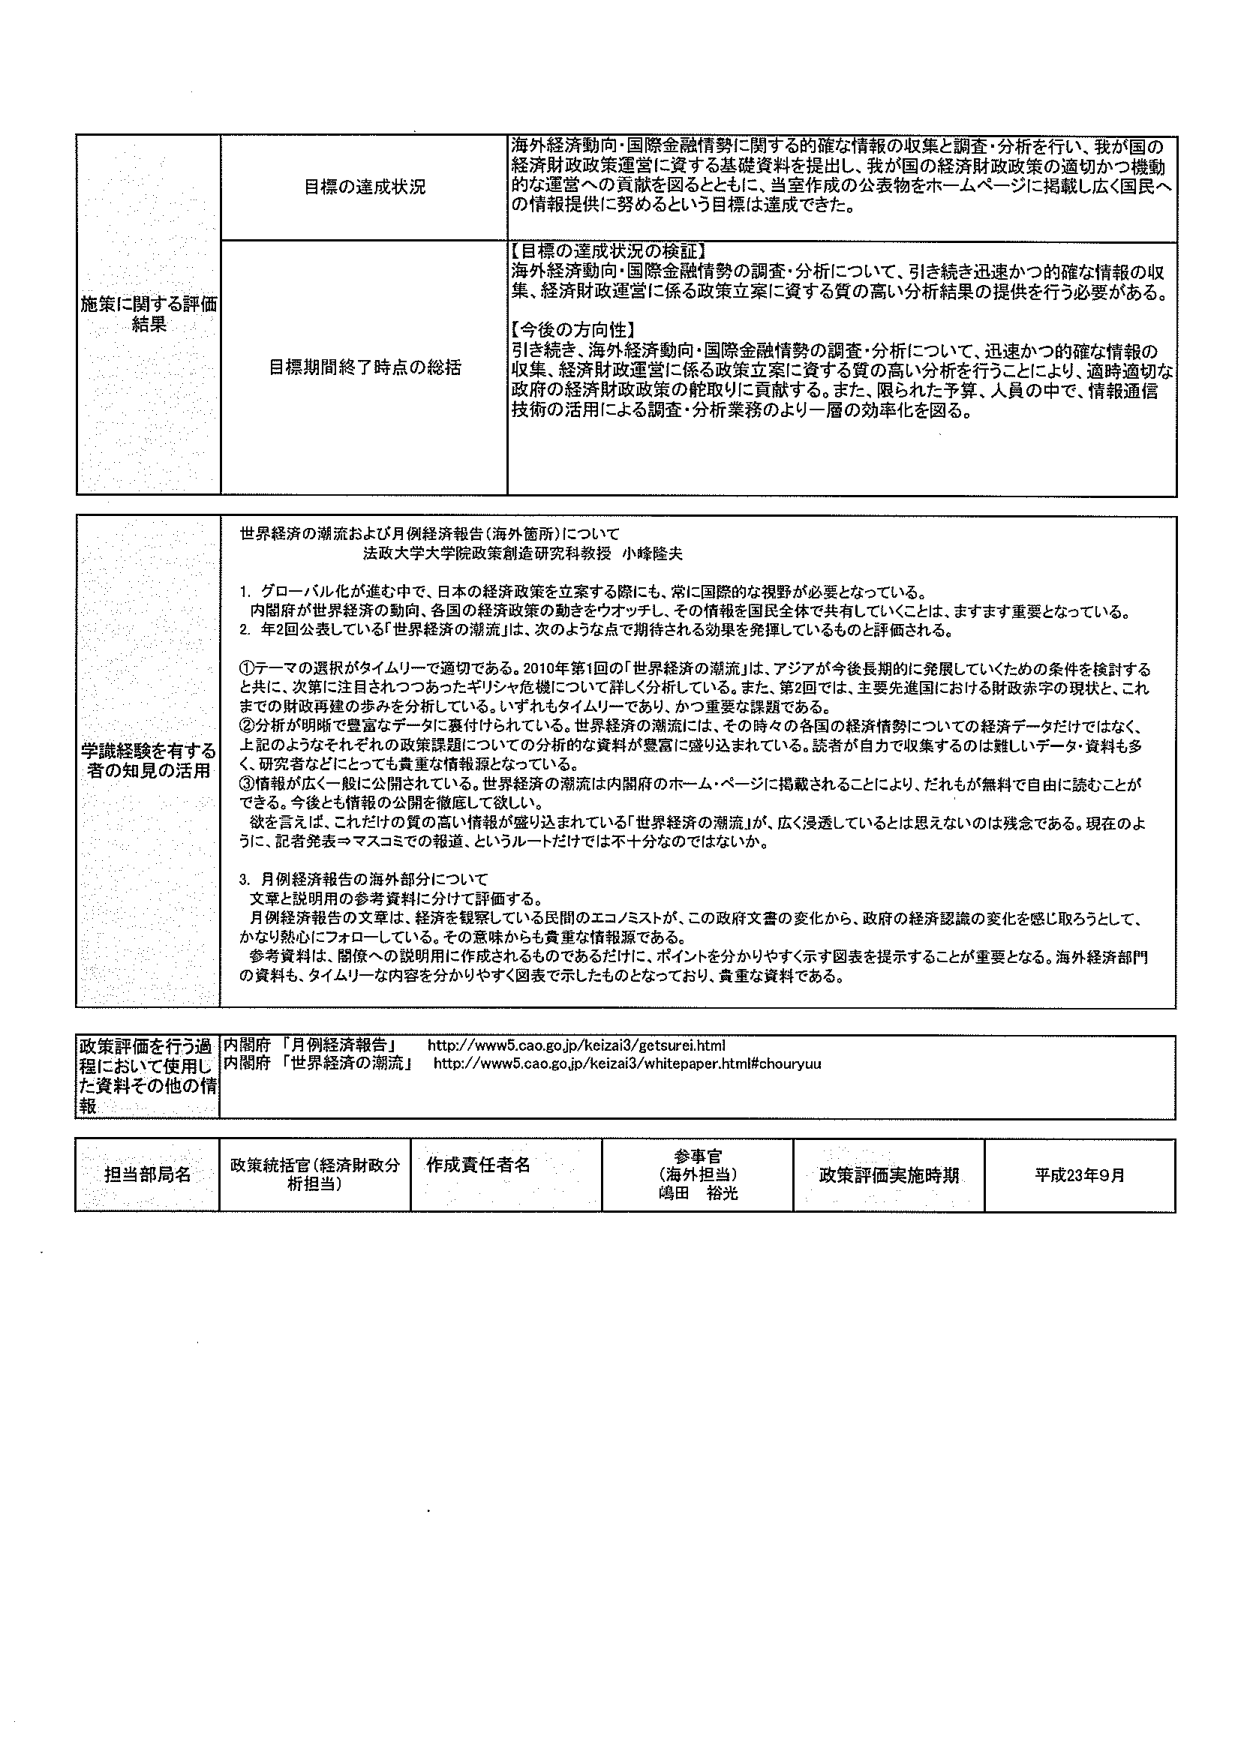
施策に関する評価結果

目標の達成状況
海外経済動向・国際金融情勢に関する的確な情報の収集と調査・分析を行い、我が国の経済財政政策運営に資する基礎資料を提出し、我が国の経済財政政策の適切かつ機動的な運営への貢献を図るとともに、当室作成の公表物をホームページに掲載し広く国民への情報提供に努めるという目標は達成できた。

目標期間終了時点の総括
【目標の達成状況の検証】
海外経済動向・国際金融情勢の調査・分析について、引き続き迅速かつ的確な情報の収集、経済財政運営に係る政策立案に資する質の高い分析結果の提供を行う必要がある。

【今後の方向性】
引き続き、海外経済動向・国際金融情勢の調査・分析について、迅速かつ的確な情報の収集、経済財政運営に係る政策立案に資する質の高い分析を行うことにより、適時適切な政府の経済財政政策の舵取りに貢献する。また、限られた予算、人員の中で、情報通信技術の活用による調査・分析業務のより一層の効率化を図る。

学識経験を有する者の知見の活用
世界経済の潮流および月例経済報告（海外箇所）について
法政大学大学院政策創造研究科教授 小峰隆夫

1. グローバル化が進む中で、日本の経済政策を立案する際にも、常に国際的な視野が必要となっている。
内閣府が世界経済の動向、各国の経済政策の動きをウォッチし、その情報を国民全体で共有していくことは、ますます重要となっている。

2. 年2回公表している「世界経済の潮流」は、次のような点で期待される効果を発揮しているものと評価される。
①テーマの選択がタイムリーで適切である。2010年第1回の「世界経済の潮流」は、アジアが今後長期的に発展していくための条件を検討すると共に、次第に注目されつつあったギリシャ危機について詳しく分析している。また、第2回では、主要先進国における財政赤字の現状と、これまでの財政再建の歩みを分析している。いずれもタイムリーであり、かつ重要な課題である。
②分析が明確で豊富なデータに裏付けられている。世界経済の潮流には、その時々の各国の経済情勢についての経済データだけではなく、上記のようなそれぞれの政策課題についての分析的な資料が豊富に盛り込まれている。読者が自力で収集するのは難しいデータ・資料も多く、研究者などにとっても貴重な情報源となっている。
③情報が広く一般に公開されている。世界経済の潮流は内閣府のホームページに掲載されることにより、だれもが無料で自由に読むことができる。今後とも情報の公開を徹底して欲しい。
欲を言えば、これだけの質の高い情報が盛り込まれている「世界経済の潮流」が、広く浸透しているとは思えないのは残念である。現在のように、記者発表→マスコミでの報道、というルートだけでは不十分なのではないか。

3. 月例経済報告の海外部分について
文章と説明用の参考資料に分けて評価する。
月例経済報告の文章は、経済を観察している民間のエコノミストが、この政府文書の変化から、政府の経済認識の変化を感じ取ろうとして、かなり熱心にフォローしている。その意味からも貴重な情報源である。
参考資料は、関係への説明用に作成されるものであるだけに、ポイントを分かりやすく示す図表を提示することが重要となる。海外経済部門の資料も、タイムリーな内容を分かりやすく図表で示したものとなっており、貴重な資料である。

政策評価を行う過程において使用した資料その他の情報
内閣府 「月例経済報告」 http://www5.cao.go.jp/keizai3/getsurei.html
内閣府 「世界経済の潮流」 http://www5.cao.go.jp/keizai3/whitepaper.html#chouryuu

担当部局名
政策統括官（経済財政分析担当）

作成責任者名
参事官（海外担当）
嶋田 裕光

政策評価実施時期
平成23年9月